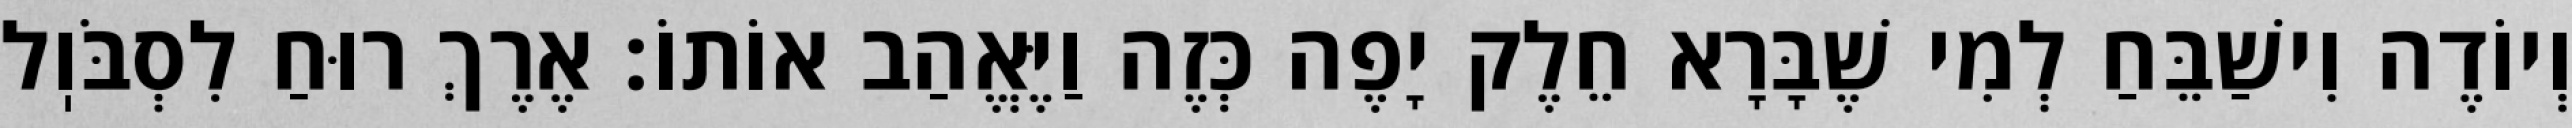
וְיוֹדֶה וִישַׁבֵּחַ לְמִי שֶׁבָּרָא חֵלֶק יָפֶה כְּזֶה וַיֶּאֱהַב אוֹתוֹ: אֶרֶךְ רוּחַ לִסְבֹּוֽל